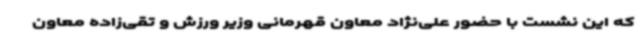
که این نشست با حضور علی‌نژاد معاون قهرمانی وزیر ورزش و تقی‌زاده معاون